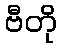
ဗီတို